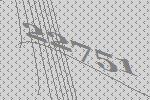
22751